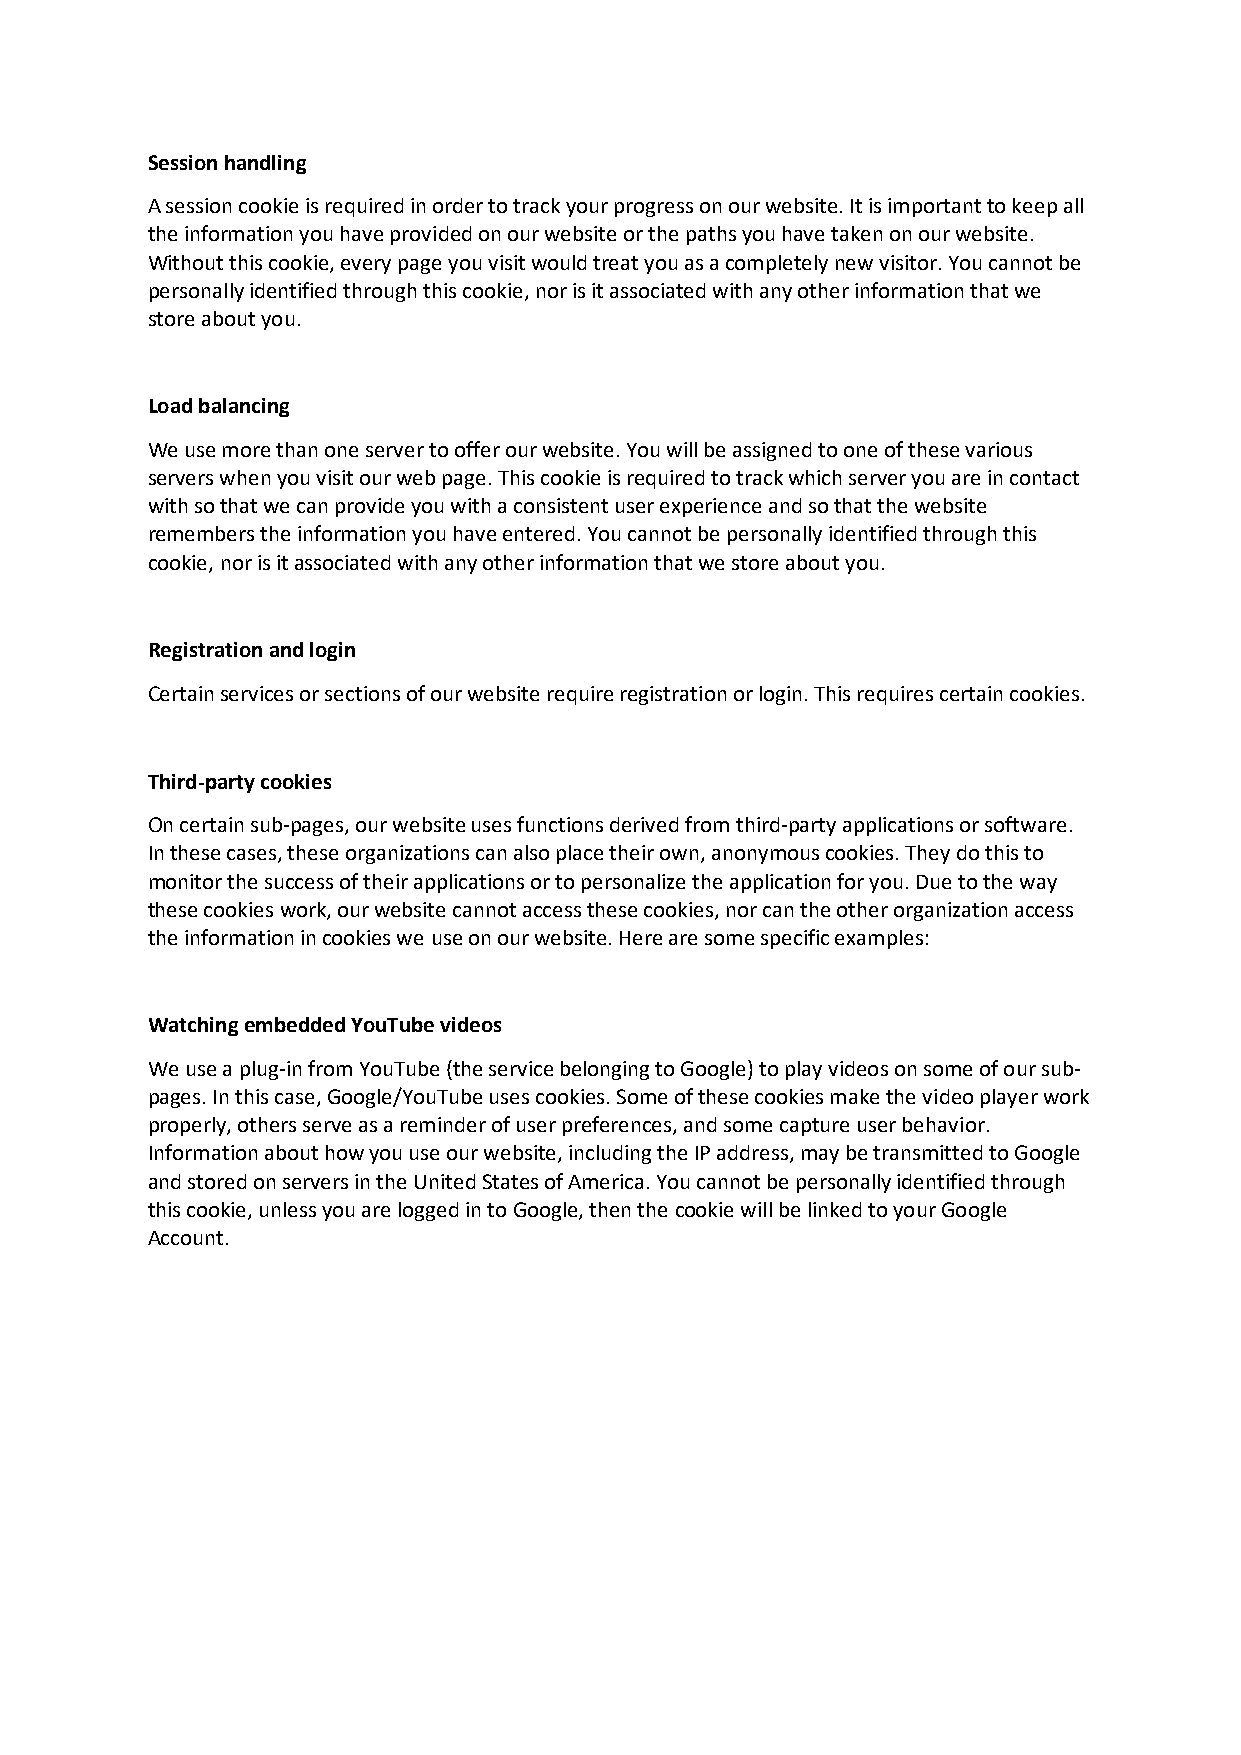
Session handling
 A session cookie is required in order to track your progress on our website. It is important to keep all
 the information you have provided on our website or the paths you have taken on our website.
 Without this cookie, every page you visit would treat you as a completely new visitor. You cannot be
 personally identified through this cookie, nor is it associated with any other information that we
 store about you.
 Load balancing
 We use more than one server to offer our website. You will be assigned to one of these various
 servers when you visit our web page. This cookie is required to track which server you are in contact
 with so that we can provide you with a consistent user experience and so that the website
 remembers the information you have entered. You cannot be personally identified through this
 cookie, nor is it associated with any other information that we store about you.
 Registration and login
 Certain services or sections of our website require registration or login. This requires certain cookies.
 Third-party cookies
 On certain sub-pages, our website uses functions derived from third-party applications or software.
 In these cases, these organizations can also place their own, anonymous cookies. They do this to
 monitor the success of their applications or to personalize the application for you. Due to the way
 these cookies work, our website cannot access these cookies, nor can the other organization access
 the information in cookies we use on our website. Here are some specific examples:
 Watching embedded YouTube videos
 We use a plug-in from YouTube (the service belonging to Google) to play videos on some of our sub-
 pages. In this case, Google/YouTube uses cookies. Some of these cookies make the video player work
 properly, others serve as a reminder of user preferences, and some capture user behavior.
 Information about how you use our website, including the IP address, may be transmitted to Google
 and stored on servers in the United States of America. You cannot be personally identified through
 this cookie, unless you are logged in to Google, then the cookie will be linked to your Google
 Account.